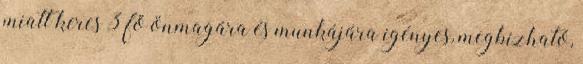
miatt keres 3 fő önmagára és munkájára igényes, megbízható,